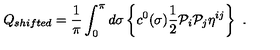
Q _ { s h i f t e d } = \frac { 1 } { \pi } \int _ { 0 } ^ { \pi } d \sigma \left\{ c ^ { 0 } ( \sigma ) \frac { 1 } { 2 } \mathcal { P } _ { i } \mathcal { P } _ { j } \eta ^ { i j } \right\} \ .